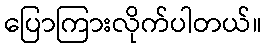
ပြောကြားလိုက်ပါတယ်။